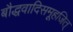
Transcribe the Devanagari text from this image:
बौद्धवादिसमूहजित्